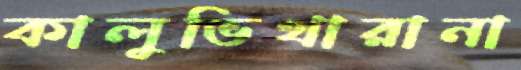
কালুভিথারানা